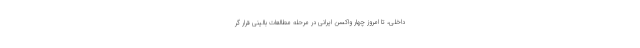
داخلی، تا امروز چهار واکسن ایرانی در مرحله مطالعات بالینی قرار گر